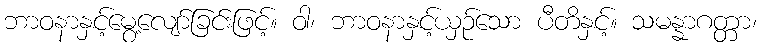
ဘာဝနာနှင့်မွေ့လျော်ခြင်းဖြင့်။ ဝါ၊ ဘာဝနာနှင့်ယှဉ်သော ပီတိနှင့်။ သမန္နာဂတ္တာ၊